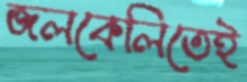
জলকেলিতেই